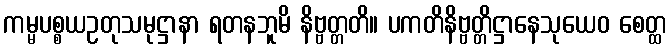
ကမ္မပစ္စယဥတုသမုဋ္ဌာနာ ရတနဘူမိ နိဗ္ဗတ္တတိ။ ပကတိနိဗ္ဗတ္တိဋ္ဌာနေသုယေဝ စေတ္ထ